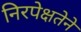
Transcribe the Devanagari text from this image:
निरपेक्षतेने